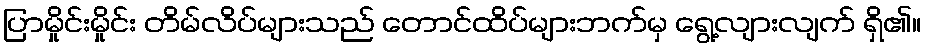
ပြာမှိုင်းမှိုင်း တိမ်လိပ်များသည် တောင်ထိပ်များဘက်မှ ရွေ့လျားလျက် ရှိ၏။